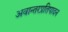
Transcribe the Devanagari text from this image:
अवान्तरप्रतिपादन